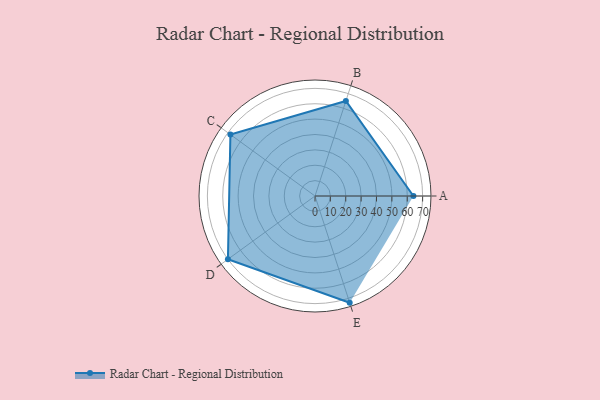
{"axis": {"x": "Skill", "y": "Score"}, "legend": ["Profile"], "data": [{"x": "A", "y": 64.0, "type": "Profile"}, {"x": "B", "y": 65.0, "type": "Profile"}, {"x": "C", "y": 68.0, "type": "Profile"}, {"x": "D", "y": 70.0, "type": "Profile"}, {"x": "E", "y": 73.0, "type": "Profile"}]}